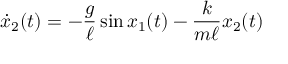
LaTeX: { \dot { x } } _ { 2 } ( t ) = - { \frac { g } { \ell } } \sin { x _ { 1 } } ( t ) - { \frac { k } { m \ell } } { x _ { 2 } } ( t )